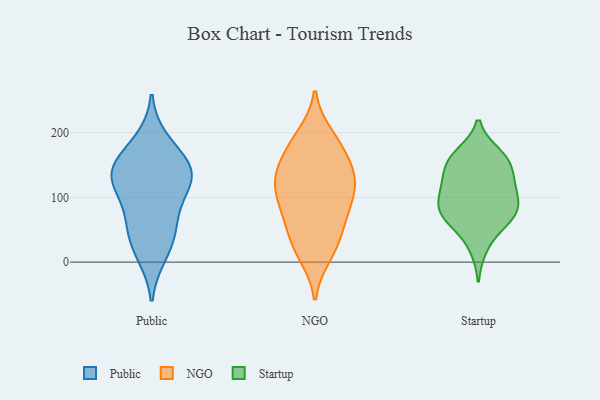
{"axis": {"x": "Headcount", "y": "Value"}, "legend": ["NGO", "Public", "Startup"], "data": [{"x": "", "y": 123, "type": "Public"}, {"x": "", "y": 120, "type": "Public"}, {"x": "", "y": 32, "type": "Public"}, {"x": "", "y": 186, "type": "Public"}, {"x": "", "y": 61, "type": "Public"}, {"x": "", "y": 156, "type": "Public"}, {"x": "", "y": 146, "type": "Public"}, {"x": "", "y": 13, "type": "Public"}, {"x": "", "y": 67, "type": "Public"}, {"x": "", "y": 142, "type": "Public"}, {"x": "", "y": 124, "type": "Public"}, {"x": "", "y": 118, "type": "NGO"}, {"x": "", "y": 162, "type": "NGO"}, {"x": "", "y": 159, "type": "NGO"}, {"x": "", "y": 133, "type": "NGO"}, {"x": "", "y": 196, "type": "NGO"}, {"x": "", "y": 35, "type": "NGO"}, {"x": "", "y": 15, "type": "NGO"}, {"x": "", "y": 64, "type": "NGO"}, {"x": "", "y": 132, "type": "NGO"}, {"x": "", "y": 39, "type": "NGO"}, {"x": "", "y": 191, "type": "NGO"}, {"x": "", "y": 81, "type": "NGO"}, {"x": "", "y": 10, "type": "NGO"}, {"x": "", "y": 113, "type": "NGO"}, {"x": "", "y": 79, "type": "NGO"}, {"x": "", "y": 178, "type": "NGO"}, {"x": "", "y": 123, "type": "NGO"}, {"x": "", "y": 123, "type": "NGO"}, {"x": "", "y": 83, "type": "NGO"}, {"x": "", "y": 61, "type": "Startup"}, {"x": "", "y": 167, "type": "Startup"}, {"x": "", "y": 83, "type": "Startup"}, {"x": "", "y": 61, "type": "Startup"}, {"x": "", "y": 22, "type": "Startup"}, {"x": "", "y": 75, "type": "Startup"}, {"x": "", "y": 107, "type": "Startup"}, {"x": "", "y": 110, "type": "Startup"}, {"x": "", "y": 155, "type": "Startup"}, {"x": "", "y": 164, "type": "Startup"}, {"x": "", "y": 134, "type": "Startup"}, {"x": "", "y": 81, "type": "Startup"}, {"x": "", "y": 132, "type": "Startup"}, {"x": "", "y": 156, "type": "Startup"}, {"x": "", "y": 111, "type": "Startup"}, {"x": "", "y": 80, "type": "Startup"}]}